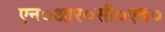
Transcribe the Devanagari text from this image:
एन०आर०सी०एच०